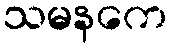
သမနကေ